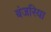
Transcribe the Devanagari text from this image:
बंजरिया